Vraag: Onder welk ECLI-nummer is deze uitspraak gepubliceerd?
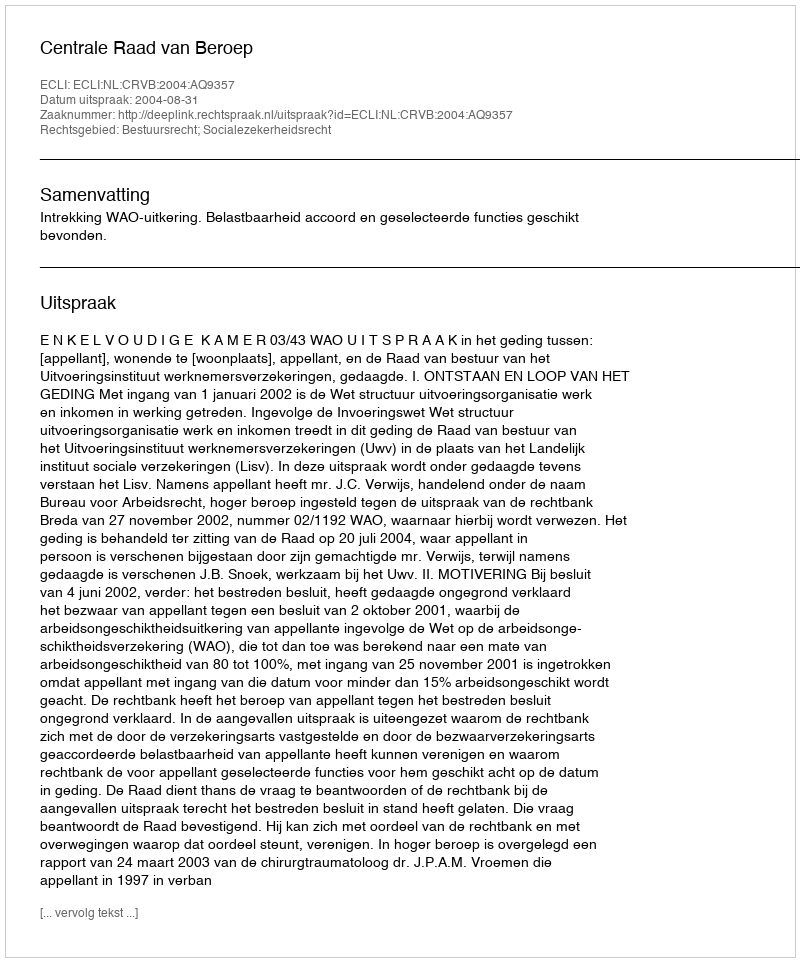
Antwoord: ECLI:NL:CRVB:2004:AQ9357